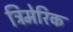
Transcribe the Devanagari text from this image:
त्रिमेरिक